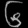
Digit: ၆